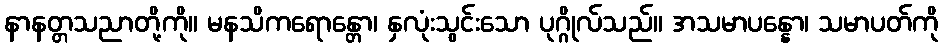
နာနတ္တသညာတို့ကို။ မနသိကရောန္တော၊ နှလုံးသွင်းသော ပုဂ္ဂိုလ်သည်။ အသမာပန္နော၊ သမာပတ်ကို